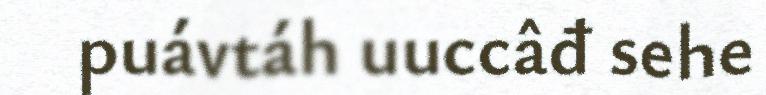
puávtáh uuccâđ sehe